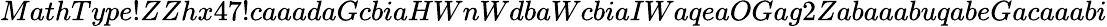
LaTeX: MathType!ZZhx47!caaadaGcbiaHWnWdbaWcbiaIWaqeaOGag2ZabaaabuqabeGacaaabi